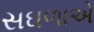
સઘળાએ